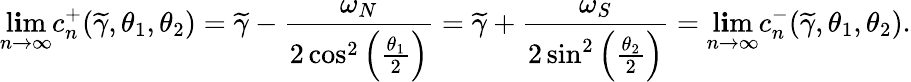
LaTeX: \operatorname*{l\mathbf{i}m}_{n\to\infty}c_{n}^{+}(\widetilde{{\gamma}},\theta_{1},\theta_{2})=\widetilde{{\gamma}}-\frac{{\omega_{N}}}{{2\cos^{2}\left(\frac{{\theta_{1}}}{{2}}\right)}}=\widetilde{{\gamma}}+\frac{{\omega_{S}}}{{2\sin^{2}\left(\frac{{\theta_{2}}}{{2}}\right)}}=\operatorname*{l\mathbf{i}m}_{n\to\infty}c_{n}^{-}(\widetilde{{\gamma}},\theta_{1},\theta_{2}).